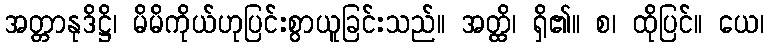
အတ္တာနုဒိဋ္ဌိ၊ မိမိကိုယ်ဟုပြင်းစွာယူခြင်းသည်။ အတ္ထိ၊ ရှိ၏။ စ၊ ထိုပြင်။ ယေ၊